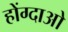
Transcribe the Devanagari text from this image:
होंग्दाओ